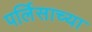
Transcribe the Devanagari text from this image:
पर्लिसाच्या